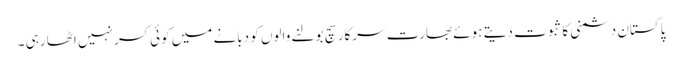
پاکستان دشمنی کا ثبوت دیتے ہوئے بھارت سرکار سچ بولنے والوں کو دبانے میں کوئی کسر نہیں اٹھا رہی ۔